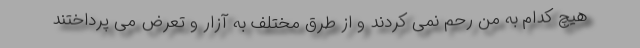
هیچ کدام به من رحم نمی کردند و از طرق مختلف به آزار و تعرض می پرداختند